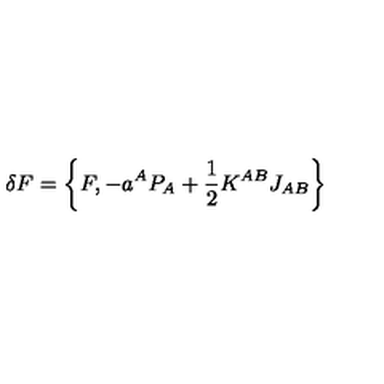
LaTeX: \delta F = \left\{ F , - a ^ { A } P _ { A } + \frac 1 2 K ^ { A B } J _ { A B } \right\}